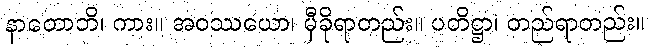
နာထောဘိ၊ ကား။ အဝဿယော၊ မှီခိုရာတည်း။ ပတိဋ္ဌာ၊ တည်ရာတည်း။